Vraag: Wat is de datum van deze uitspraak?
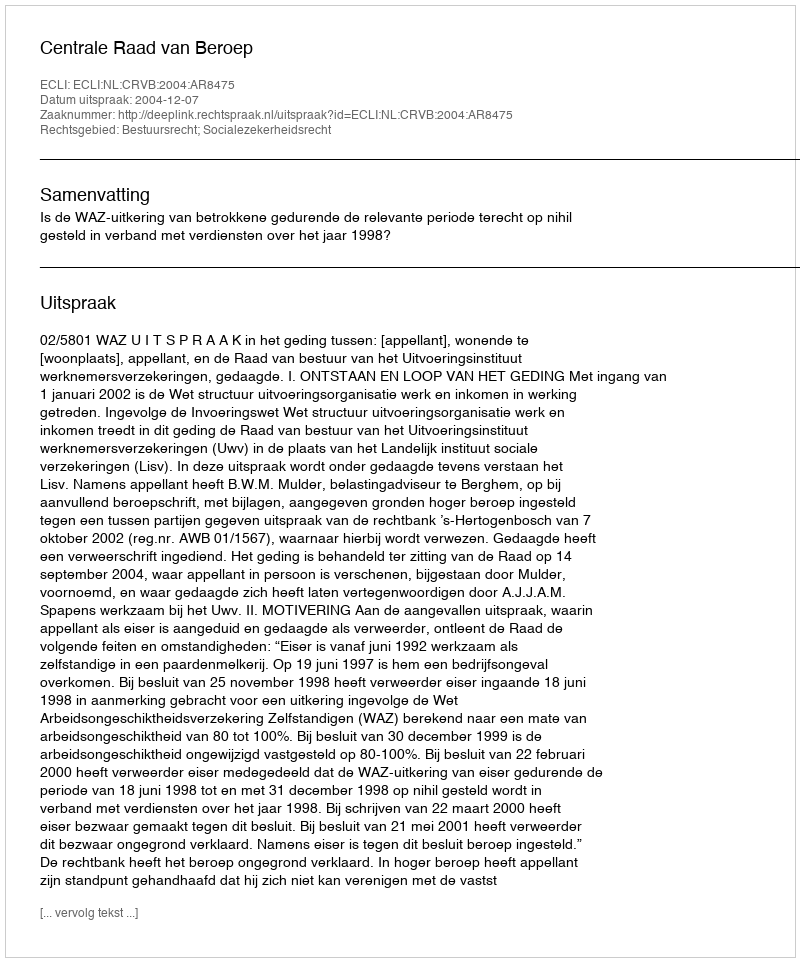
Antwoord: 2004-12-07